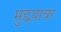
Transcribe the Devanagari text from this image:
मुद्दय़ावर